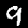
Digit: 9